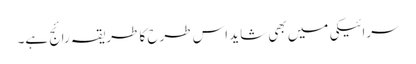
سرائیکی میں بھی شاید اس طرح کا طریقہ رائج ہے۔